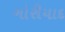
ગોરીયાદ